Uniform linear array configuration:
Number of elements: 48
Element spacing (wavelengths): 1
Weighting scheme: hamming
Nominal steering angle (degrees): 0
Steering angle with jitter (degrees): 0.6666
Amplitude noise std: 0.05
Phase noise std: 0.05

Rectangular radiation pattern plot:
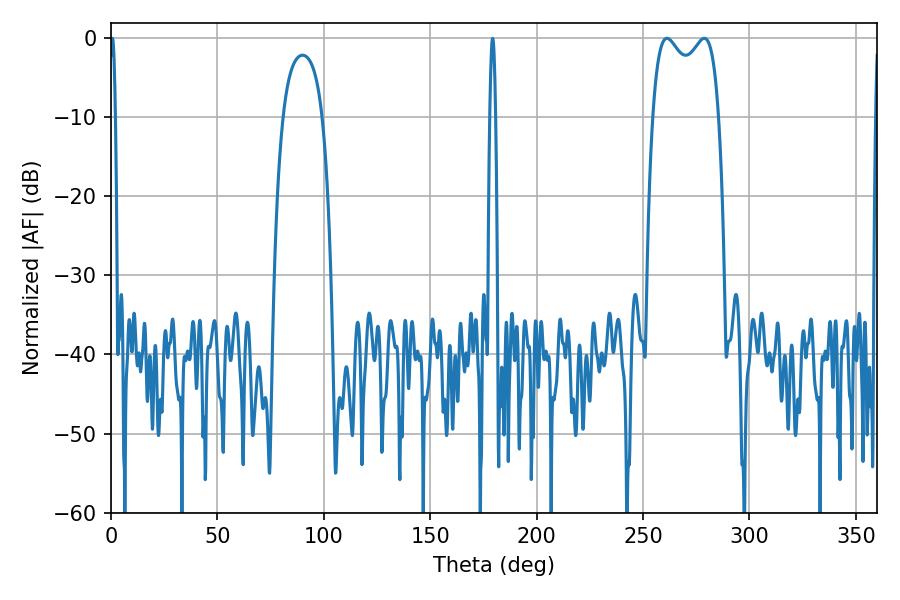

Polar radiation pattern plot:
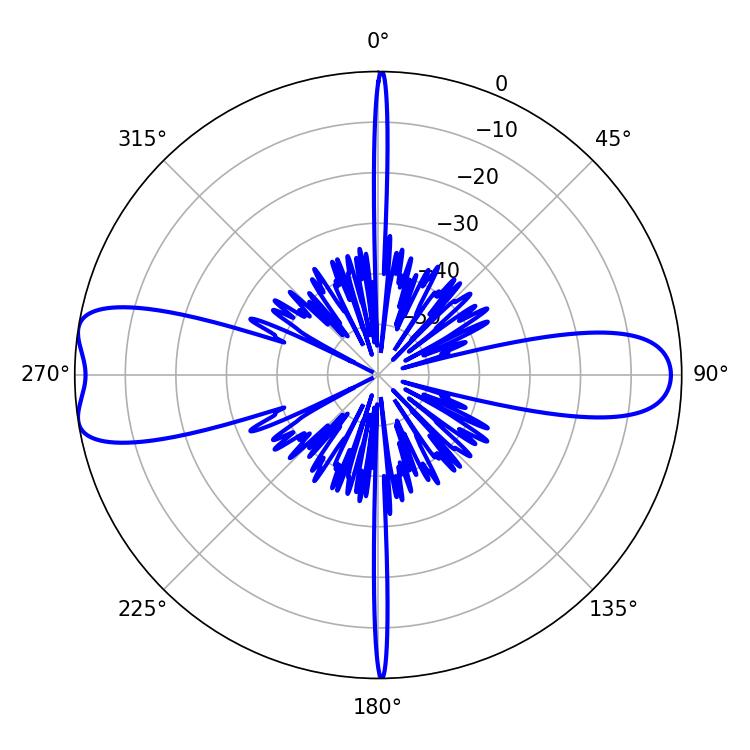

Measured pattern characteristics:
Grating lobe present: TRUE
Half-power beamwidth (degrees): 25.92
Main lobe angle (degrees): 261.18